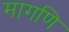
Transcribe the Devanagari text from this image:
मागणि